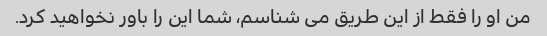
من او را فقط از این طریق می شناسم، شما این را باور نخواهید کرد.